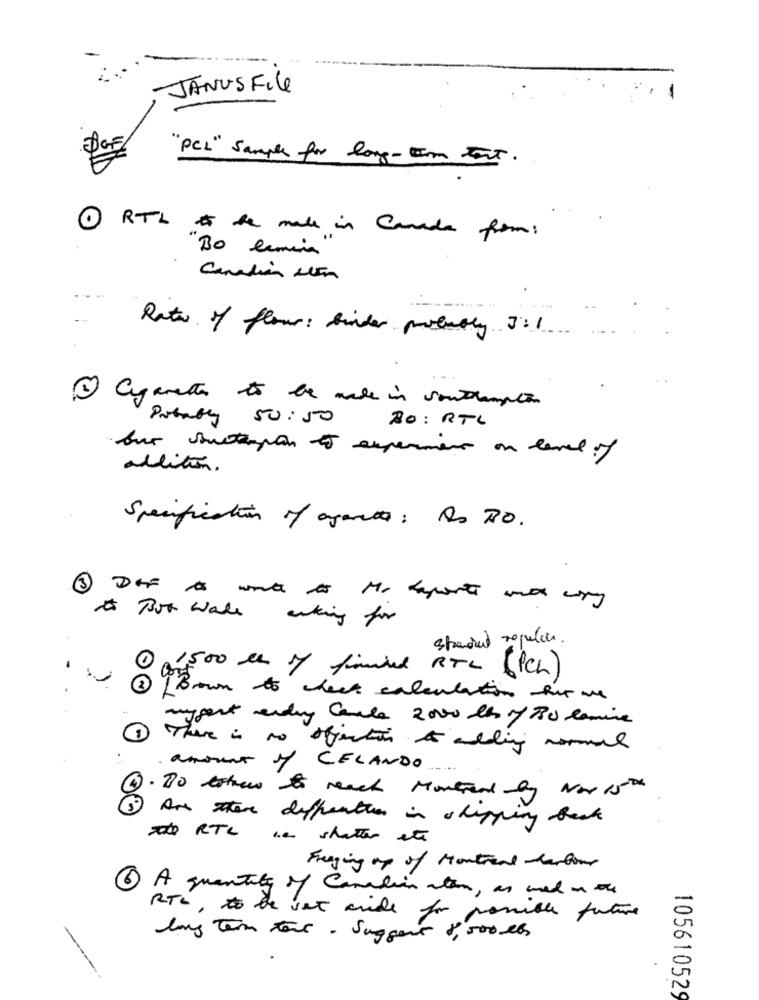
JANUSFile
"PCL" Sample for long-Im test.
RTL the mall in Canada from:
"Bo lamina"
Canadian sten
Rate of flow: binder probably 3:1
1 Cigarettes to be made in southampton
Probably 50:50
NO: RTL
bur sustampin to experiment on level of
addition.
Specification of agents: As PO.
a Bot wall asking for
stranded regular.
1500 le m finire RTL (PCL)
3/Brown to check calculation his we
anygent ending Carla 2000 lh of 30 lamine
There is no affection & adding normal
amount
Y CELANDO
1. Do estnew to reach Montreal by Nov 15th
Are there deffreation in shipping beck
De RTL na shatter este
Frezing up of Montreal Harbour
6 A quantity of Canadian ation, as med nou
RTL, to be vat anide for
for possible future
long term tout - Suggest 8,500 lbs
105610529